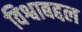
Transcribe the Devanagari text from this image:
विश्वाबद्दल